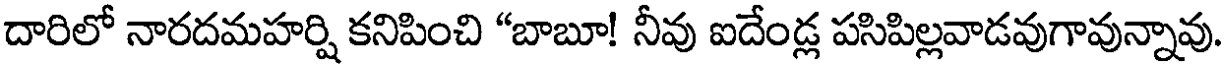
దారిలో నారదమహర్షి కనిపించి "బాబూ! నీవు ఐదేండ్ల పసిపిల్లవాడవుగావున్నావు